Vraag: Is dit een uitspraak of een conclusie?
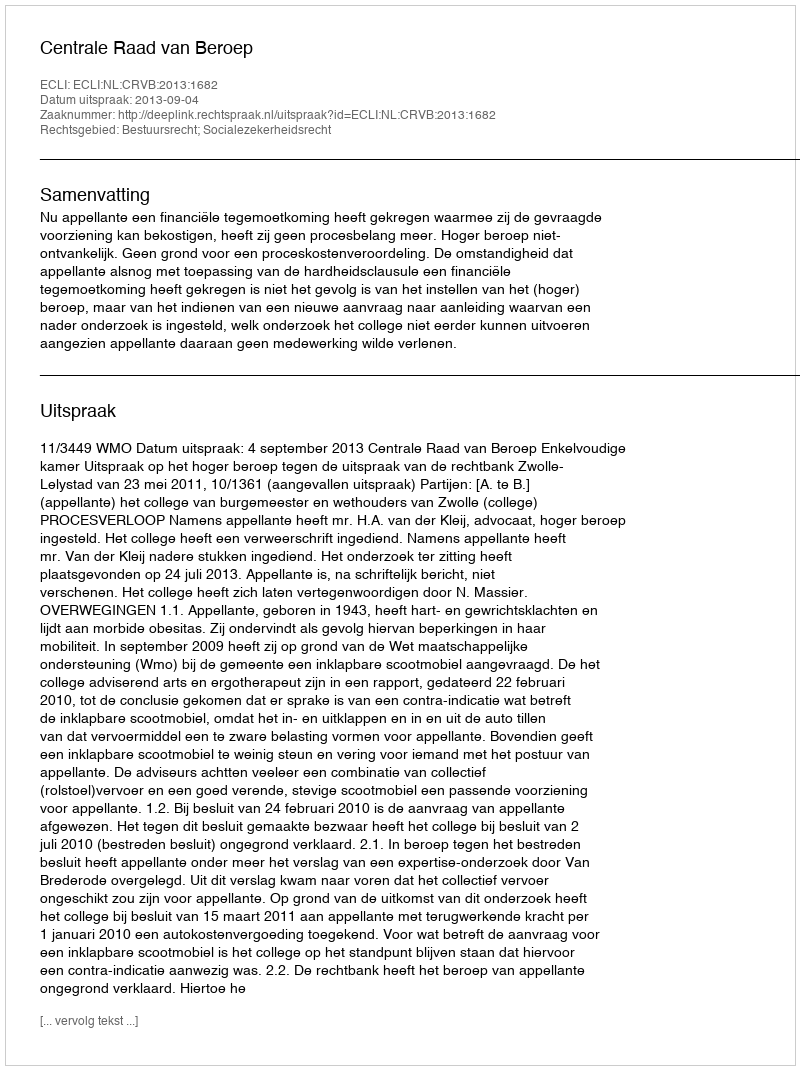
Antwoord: Uitspraak